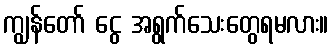
ကျွန်တော် ငွေ အရွက်သေးတွေရမလား။